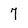
Character: 7